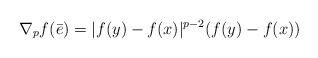
LaTeX: \begin{align*}\nabla_p f(\bar{e}) =|f(y)-f(x)|^{p-2}(f(y)-f(x))\end{align*}